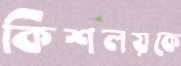
কিশলয়কে